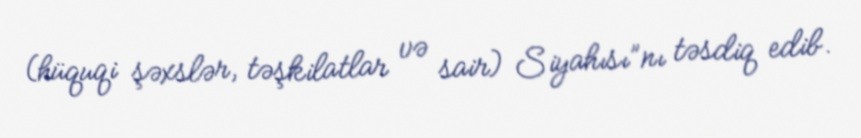
(hüquqi şəxslər, təşkilatlar və sair) Siyahısı”nı təsdiq edib.